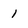
Character: 1